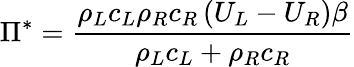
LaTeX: \Pi^{*}=\frac{\rho_{L}c_{L}\rho_{R}c_{R}\left(U_{L}-U_{R}\right)\beta}{\rho_{L}c_{L}+\rho_{R}c_{R}}